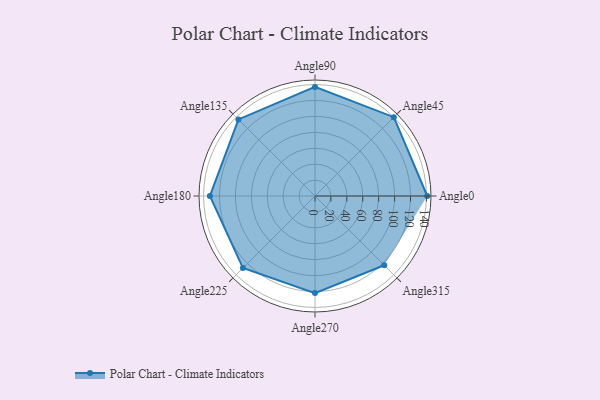
{"axis": {"x": "Angle", "y": "Radius"}, "legend": [""], "data": [{"x": "Angle0", "y": 141.0, "type": ""}, {"x": "Angle45", "y": 140.0, "type": ""}, {"x": "Angle90", "y": 137.0, "type": ""}, {"x": "Angle135", "y": 136.0, "type": ""}, {"x": "Angle180", "y": 132.0, "type": ""}, {"x": "Angle225", "y": 128.0, "type": ""}, {"x": "Angle270", "y": 122.0, "type": ""}, {"x": "Angle315", "y": 123.0, "type": ""}]}